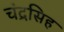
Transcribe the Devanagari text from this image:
चंद्रसिह